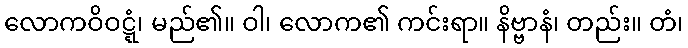
လောကဝိဝဋ္ဋံ၊ မည်၏။ ဝါ၊ လောက၏ ကင်းရာ။ နိဗ္ဗာနံ၊ တည်း။ တံ၊